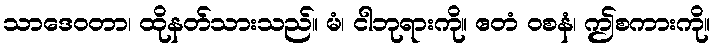
သာဒေဝတာ၊ ထိုနတ်သားသည်။ မံ၊ ငါဘုရားကို။ ဧတံ ဝစနံ၊ ဤစကားကို။